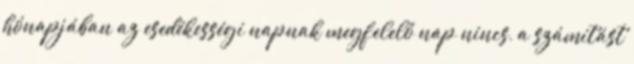
hónapjában az esedékességi napnak megfelelő nap nincs, a számítást